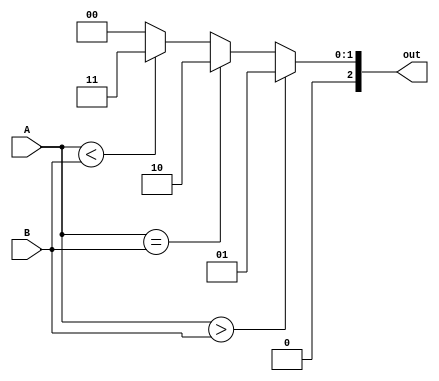
`timescale 1ns / 1ps

module comparator(A,B,out);
    input [2:0] A,B;
    output reg [2:0] out;
    
    initial
    begin
    out=3'b000;
    end 
    
    always @ (A,B)
    begin
    if(A>B)
    out=3'b001; //output =1
    else if(A == B)
    out=3'b010;  //output = 2
    else if(A<B)
    out=3'b011;  //output = 3
    else
    out=3'b000;
    end 
    
endmodule